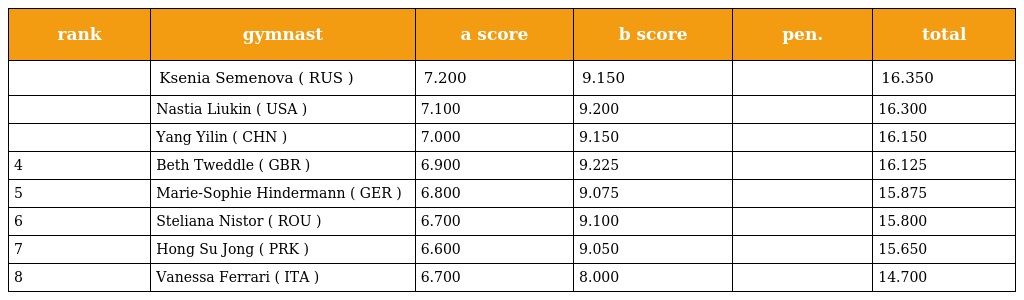
| rank | gymnast | a score | b score | pen. | total |
 | --- | --- | --- | --- | --- | --- |
 |  | Ksenia Semenova ( RUS ) | 7.200 | 9.150 |  | 16.350 |
 |  | Nastia Liukin ( USA ) | 7.100 | 9.200 |  | 16.300 |
 |  | Yang Yilin ( CHN ) | 7.000 | 9.150 |  | 16.150 |
 | 4 | Beth Tweddle ( GBR ) | 6.900 | 9.225 |  | 16.125 |
 | 5 | Marie-Sophie Hindermann ( GER ) | 6.800 | 9.075 |  | 15.875 |
 | 6 | Steliana Nistor ( ROU ) | 6.700 | 9.100 |  | 15.800 |
 | 7 | Hong Su Jong ( PRK ) | 6.600 | 9.050 |  | 15.650 |
 | 8 | Vanessa Ferrari ( ITA ) | 6.700 | 8.000 |  | 14.700 |